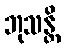
ဘုသန္တိ